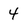
Character: 4